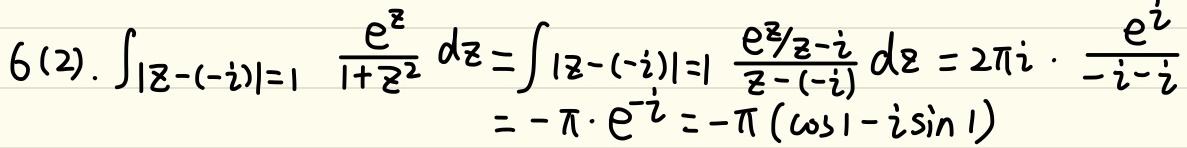
\[
6(2).\int_{|z - (-i)| = 1}\frac{e^{z}}{1 + z^{2}}dz=\int_{|z - (-i)| = 1}\frac{e^{z}/(z - i)}{z - (-i)}dz = 2\pi i\cdot\frac{e^{i}}{-i - i}=-\pi\cdot e^{i}=-\pi(\cos1 - i\sin1)
\]